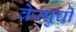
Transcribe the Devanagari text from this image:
वेस्पुच्ची